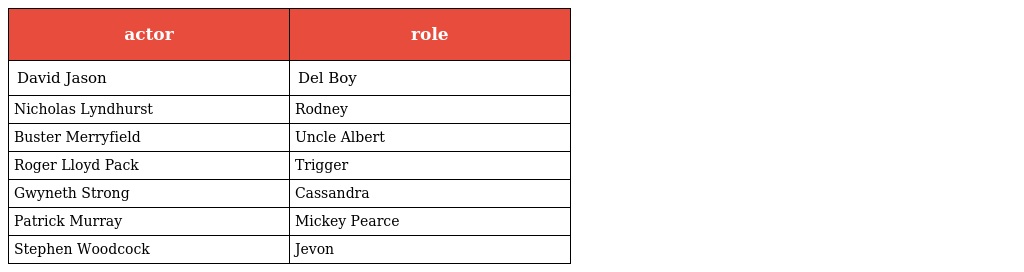
| actor | role |
 | --- | --- |
 | David Jason | Del Boy |
 | Nicholas Lyndhurst | Rodney |
 | Buster Merryfield | Uncle Albert |
 | Roger Lloyd Pack | Trigger |
 | Gwyneth Strong | Cassandra |
 | Patrick Murray | Mickey Pearce |
 | Stephen Woodcock | Jevon |